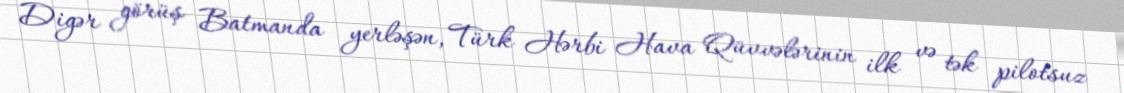
Digər görüş Batmanda yerləşən, Türk Hərbi Hava Qüvvələrinin ilk və tək pilotsuz